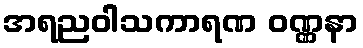
အရညဝါသကာရဏ ဝဏ္ဏနာ